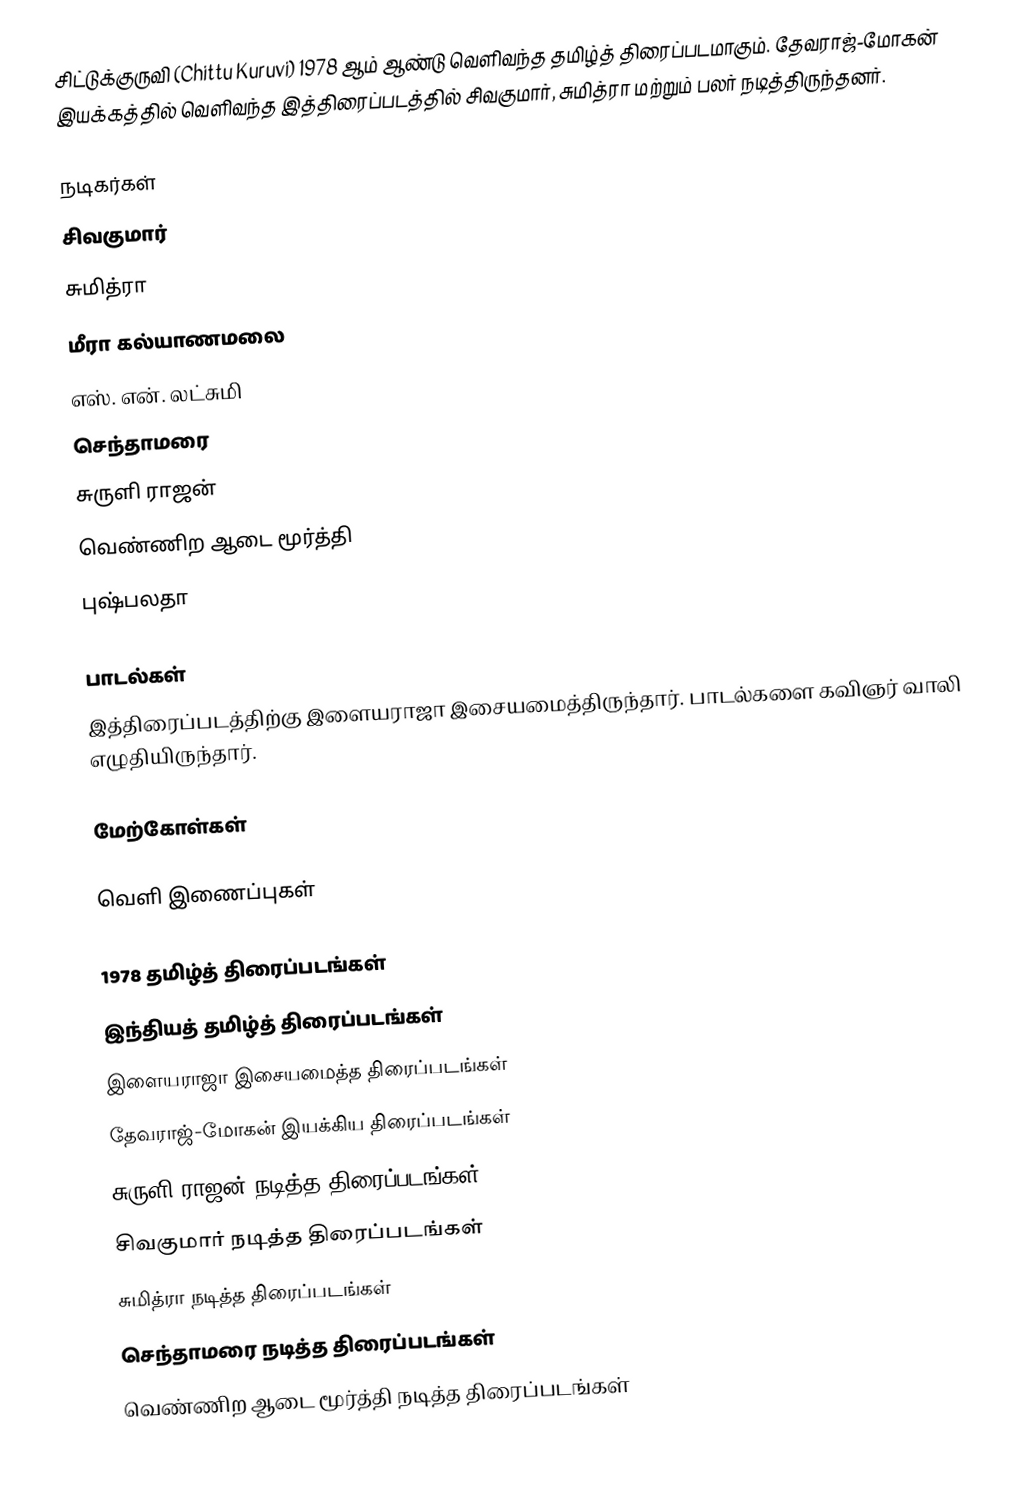
சிட்டுக்குருவி (Chittu Kuruvi) 1978 ஆம் ஆண்டு வெளிவந்த தமிழ்த் திரைப்படமாகும். தேவராஜ்-மோகன் இயக்கத்தில் வெளிவந்த இத்திரைப்படத்தில் சிவகுமார், சுமித்ரா மற்றும் பலர் நடித்திருந்தனர்.

நடிகர்கள்
 சிவகுமார்
 சுமித்ரா
 மீரா கல்யாணமலை
 எஸ். என். லட்சுமி
 செந்தாமரை
 சுருளி ராஜன்
 வெண்ணிற ஆடை மூர்த்தி
 புஷ்பலதா

பாடல்கள்
இத்திரைப்படத்திற்கு இளையராஜா இசையமைத்திருந்தார். பாடல்களை கவிஞர் வாலி எழுதியிருந்தார்.

மேற்கோள்கள்

வெளி இணைப்புகள்

1978 தமிழ்த் திரைப்படங்கள்
இந்தியத் தமிழ்த் திரைப்படங்கள்
இளையராஜா இசையமைத்த திரைப்படங்கள்
தேவராஜ்-மோகன் இயக்கிய திரைப்படங்கள்
சுருளி ராஜன் நடித்த திரைப்படங்கள்
சிவகுமார் நடித்த திரைப்படங்கள்
சுமித்ரா நடித்த திரைப்படங்கள்
செந்தாமரை நடித்த திரைப்படங்கள்
வெண்ணிற ஆடை மூர்த்தி நடித்த திரைப்படங்கள்